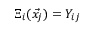
\Xi _ { i } ( \vec { x _ { j } } ) = Y _ { i j }